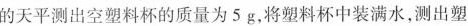
的天平测出空塑料杯的质量为5g，将塑